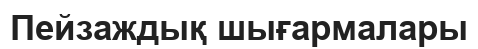
Пейзаждық шығармалары